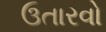
ઉતારવો